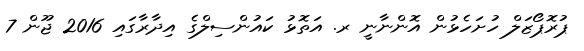
ޕުރޮޕޯޒަލް ހުށަހެޅުން އޮންނާނީ ރ. އަތޮޅު ކައުންސިލްގެ އިދާރާގައި 2016 ޖޫން 7